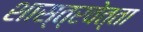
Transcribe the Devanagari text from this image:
शास्त्रवेत्ता